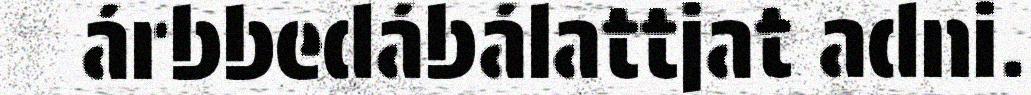
árbbedábálattjat adni.